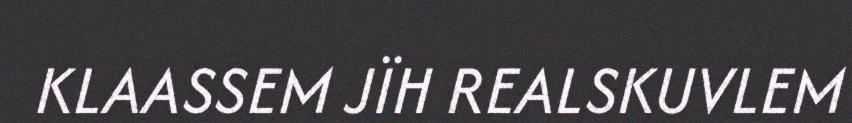
KLAASSEM JÏH REALSKUVLEM